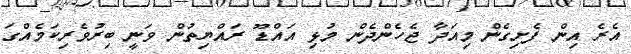
އެރެ އިން ފެށިގެން މިއަދާ ޖެހެންދެން މުޅި އައްޑޫ ރައްޔިތުން ވަނީ ބިރުވެރިކަމެއްގަ